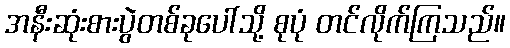
အနီးဆုံးစားပွဲတစ်ခုပေါ်သို့ စုပုံ တင်လိုက်ကြသည်။